Indian journal of veterinary science and animal husbandry - Volumes 15-17, 1948-1951
Year: 1948
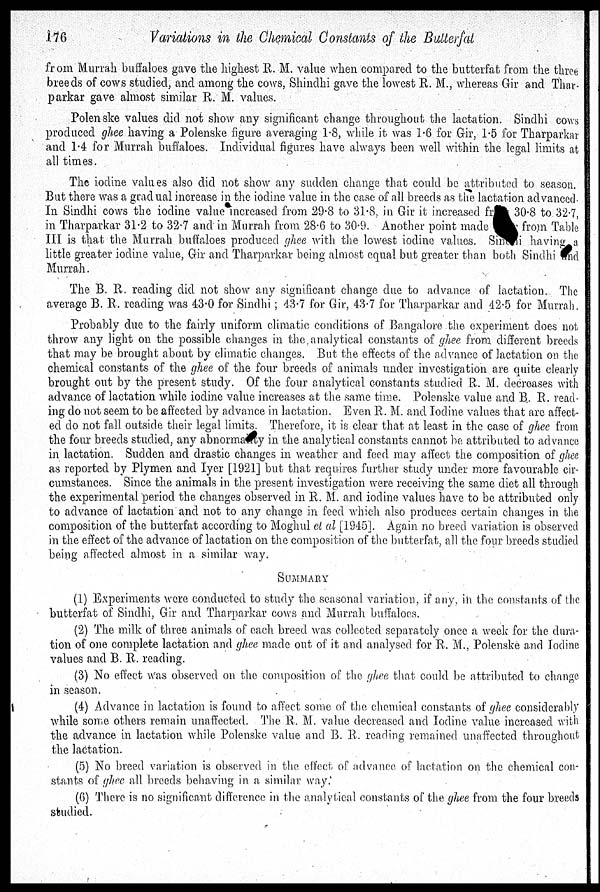
176
Variations in the Chemical Constants of the Butterfat
from Murrah buffaloes gave the highest R. M. value when compared to the butterfat from the three
breeds of cows studied, and among the cows, Shindhi gave the lowest R. M., whereas Gir and Thar-
parkar gave almost similar R. M. values.
Polenske values did not show any significant change throughout the lactation. Sindhi cows
produced ghee having a Polenske figure averaging 1.8, while it was 1.6 for Gir, 1.5 for Tharparkar
and 1.4 for Murrah buffaloes. Individual figures have always been well within the legal limits at
all times.
The iodine values also did not show any sudden change that could be attributed to season.
But there was a gradual increase in the iodine value in the case of all breeds as the lactation advanced.
In Sindhi cows the iodine value increased from 29.8 to 31.8, in Gir it increased fr
30.8 to. 32.7,
in Tharparkar 31.2 to 32.7 and in Murrah from 28.6 to 30.9. Another point made
from Table
III is that the Murrah buffaloes produced ghee with the lowest iodine values. Sindhi having a
little greater iodine value, Gir and Tharparkar being almost equal but greater than both Sindhi and
Murrah.
The B. R. reading did not show any significant change due to advance of lactation. The
average B. R. reading was 43.0 for Sindhi; 43.7 for Gir, 43.7 for Tharparkar and 42.5 for Murrah.
Probably due to the fairly uniform climatic conditions of Bangalore the experiment does not
throw any light on the possible changes in the analytical constants of ghee from different breeds
that may be brought about by climatic changes. But the effects of the advance of lactation on the
chemical constants of the ghee of the four breeds of animals under investigation are quite clearly
brought out by the present study. Of the four analytical constants studied R. M. decreases with
advance of lactation while iodine value increases at the same time. Polenske value and B. R. read-
ing do not seem to be affected by advance in lactation. Even R. M. and Iodine values that are affect-
ed do not fall outside their legal limits. Therefore, it is clear that at least in the case of ghee from
the four breeds studied, any abnorma y in the analytical constants cannot be attributed to advance
in lactation. Sudden and drastic changes in weather and feed may affect the composition of ghee
as reported by Plymen and Iyer [1921] but that requires further study under more favourable cir-
cumstances. Since the animals in the present investigation were receiving the same diet all through
the experimental period the changes observed in R. M. and iodine values have to be attributed only
to advance of lactation and not to any change in feed which also produces certain changes in the
composition of the butterfat according to Moghul et al [1945]. Again no breed variation is observed
in the effect of the advance of lactation on the composition of the butterfat, all the four breeds studied
being affected almost in a similar way.
SUMMARY
(1) Experiments were conducted to study the seasonal variation, if any, in the constants of the
butterfat of Sindhi, Gir and Tharparkar cows and Murrah buffaloes.
(2) The milk of three animals of each breed was collected separately once a week for the dura-
tion of one complete lactation and ghee made out of it and analysed for R. M., Polenske and Iodine
values and B. R. reading.
(3) No effect was observed on the composition of the ghee that could be attributed to change
in season.
(4) Advance in lactation is found to affect some of the chemical constants of ghee considerably
while some others remain unaffected. The R. M. value decreased and Iodine value increased with
the advance in lactation while Polenske value and B. R. reading remained unaffected throughout
the lactation.
(5) No breed variation is observed in the effect of advance of lactation on the chemical con-
stants of ghee all breeds behaving in a similar way.
(6) There is no significant difference in the analytical constants of the ghee from the four breeds
studied.